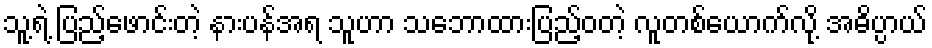
သူ့ရဲ့ ပြည့်ဖောင်းတဲ့ နားပန်အရ သူဟာ သဘောထားပြည့်ဝတဲ့ လူတစ်ယောက်လို့ အဓိပ္ပာယ်